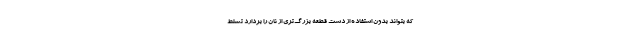
که بتواند بدون استفاده از دست قطعه بزرگ‌تری از نان را بردارد تسلط